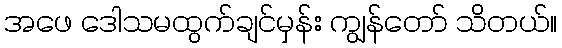
အဖေ ဒေါသမထွက်ချင်မှန်း ကျွန်တော် သိတယ်။